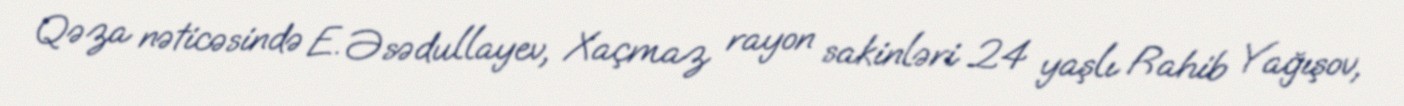
Qəza nəticəsində E. Əsədullayev, Xaçmaz rayon sakinləri 24 yaşlı Rahib Yağışov,